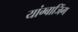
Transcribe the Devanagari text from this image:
यांग्बाजिंग